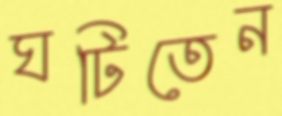
ঘটিতেন